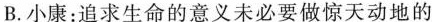
B.小康：追求生命的意义未必要做惊天动地的